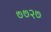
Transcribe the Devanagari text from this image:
७७२७